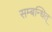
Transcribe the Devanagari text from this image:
सम्बन्धित्